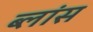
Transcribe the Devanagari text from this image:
ब्लांस